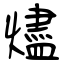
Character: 燼